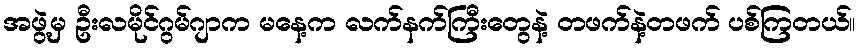
အဖွဲ့မှ ဦးလမိုင်ဂွမ်ဂျာက မနေ့က လက်နက်ကြီးတွေနဲ့ တဖက်နဲ့တဖက် ပစ်ကြတယ်။